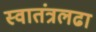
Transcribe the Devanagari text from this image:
स्वातंत्रलढा